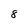
Character: 8